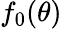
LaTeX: f_{0}(\theta)